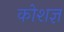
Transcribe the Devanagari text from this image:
कोशज्ञ